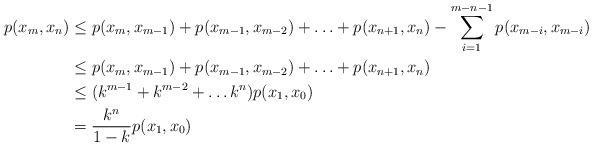
\begin{align*}p(x_m,x_n)&\leq p(x_m,x_{m-1})+p(x_{m-1},x_{m-2})+\ldots+p(x_{n+1},x_n)-\sum_{i=1}^{m-n-1}p(x_{m-i},x_{m-i})\\&\leq p(x_m,x_{m-1})+p(x_{m-1},x_{m-2})+\ldots+p(x_{n+1},x_n)\\&\leq(k^{m-1}+k^{m-2}+\ldots k^n)p(x_1,x_0)\\&=\frac{k^n}{1-k}p(x_1,x_0)\end{align*}